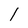
Character: l